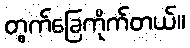
တွက်ခြေကိုက်တယ်။